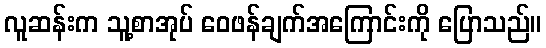
လူဆန်းက သူ့စာအုပ် ဝေဖန်ချက်အကြောင်းကို ပြောသည်။